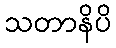
သတာနိပိ